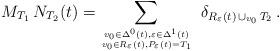
LaTeX: \begin{align*}M_{T_1} \, N_{T_2} (t) = \sum_{{v_0 \in \Delta^0 (t) , \varepsilon\in \Delta^1 (t) \atop v_0 \in R_{\varepsilon} (t) ,P_{\varepsilon} (t) = T_1}} \ \delta_{R_{\varepsilon} (t) \,\cup_{v_0} \, T_2} \, .\end{align*}